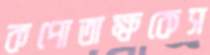
কপোতাক্ষকেস